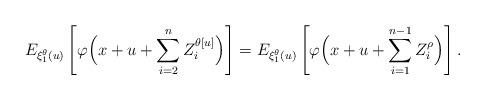
LaTeX: \begin{align*}E_{\xi_1^\theta(u)}\left[\varphi\Bigl(x+u+\sum_{i=2}^{n} Z_i^{\theta[u]}\Bigr)\right]=E_{\xi_1^\theta(u)}\left[\varphi\Bigl(x+u+\sum_{i=1}^{n-1} Z_i^{\rho}\Bigr)\right].\end{align*}